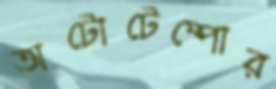
অটোটেম্পোর